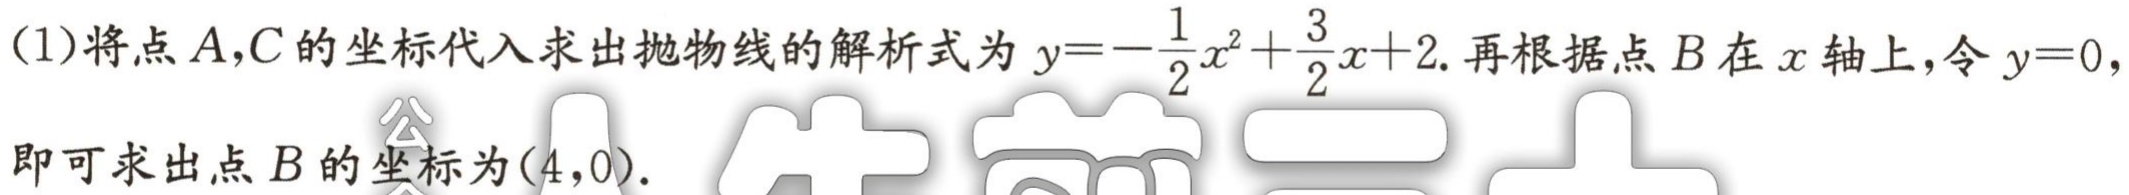
(1)将点\(A,C\)的坐标代入求出抛物线的解析式为\(y = -\frac{1}{2}x^{2}+\frac{3}{2}x + 2\). 再根据点\(B\)在\(x\)轴上，令\(y = 0\)，即可求出点\(B\)的坐标为\((4,0)\).